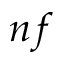
n f